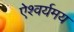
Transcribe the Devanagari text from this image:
ऐश्वर्यमय